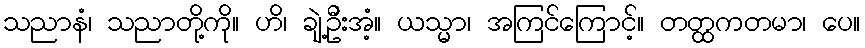
သညာနံ၊ သညာတို့ကို။ ဟိ၊ ချဲ့ဦးအံ့။ ယသ္မာ၊ အကြင်ကြောင့်။ တတ္ထကတမာ၊ ပေ။